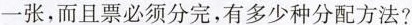
一张，而且票必须分完，有多少种分配方法?